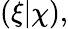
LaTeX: (\xi|\chi),